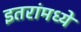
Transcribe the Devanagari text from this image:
इतरांमध्ये